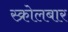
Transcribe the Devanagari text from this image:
स्क्रोलबार